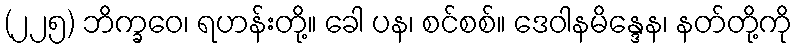
(၂၂၅) ဘိက္ခဝေ၊ ရဟန်းတို့။ ခေါ ပန၊ စင်စစ်။ ဒေဝါနမိန္ဒေန၊ နတ်တို့ကို